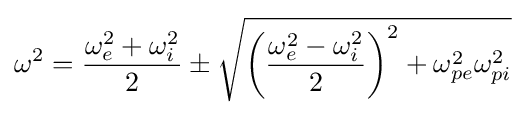
\omega ^{2}={\frac {\omega _{e}^{2}+\omega _{i}^{2}}{2}}\pm {\sqrt {\left({\frac {\omega _{e}^{2}-\omega _{i}^{2}}{2}}\right)^{2}+\omega _{pe}^{2}\omega _{pi}^{2}}}